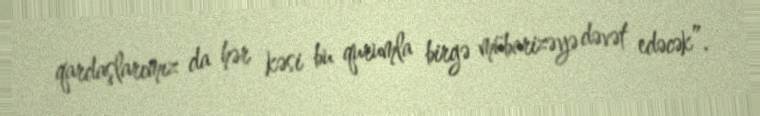
qardaşlarımız da hər kəsi bu qurumla birgə mübarizəyə dəvət edəcək”.